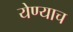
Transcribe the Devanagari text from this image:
येण्याच